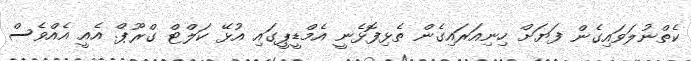
ކެތްނުލަވައިގެން ފަޔަށް ހިނިއަރައިގެން ތެޅިފޮޅެނީ އެމްޑީޕީގައި އުޅޭ ކަލްޓް ގްރޫޕް. އެއީ އެއްވެސް